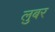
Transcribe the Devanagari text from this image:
लुबर